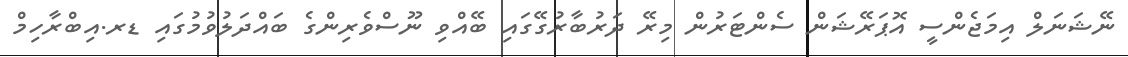
ނޭޝަނަލް އިމަޖެންސީ އޮޕަރޭޝަން ސެންޓަރުން މިރޭ ދަރުބާރުގޭގައި ބޭއްވި ނޫސްވެރިންގެ ބައްދަލުވުމުގައި ޑރ.އިބްރާހިމް